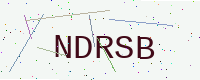
Text: NDRSB